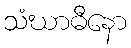
သံဃာဓီနော